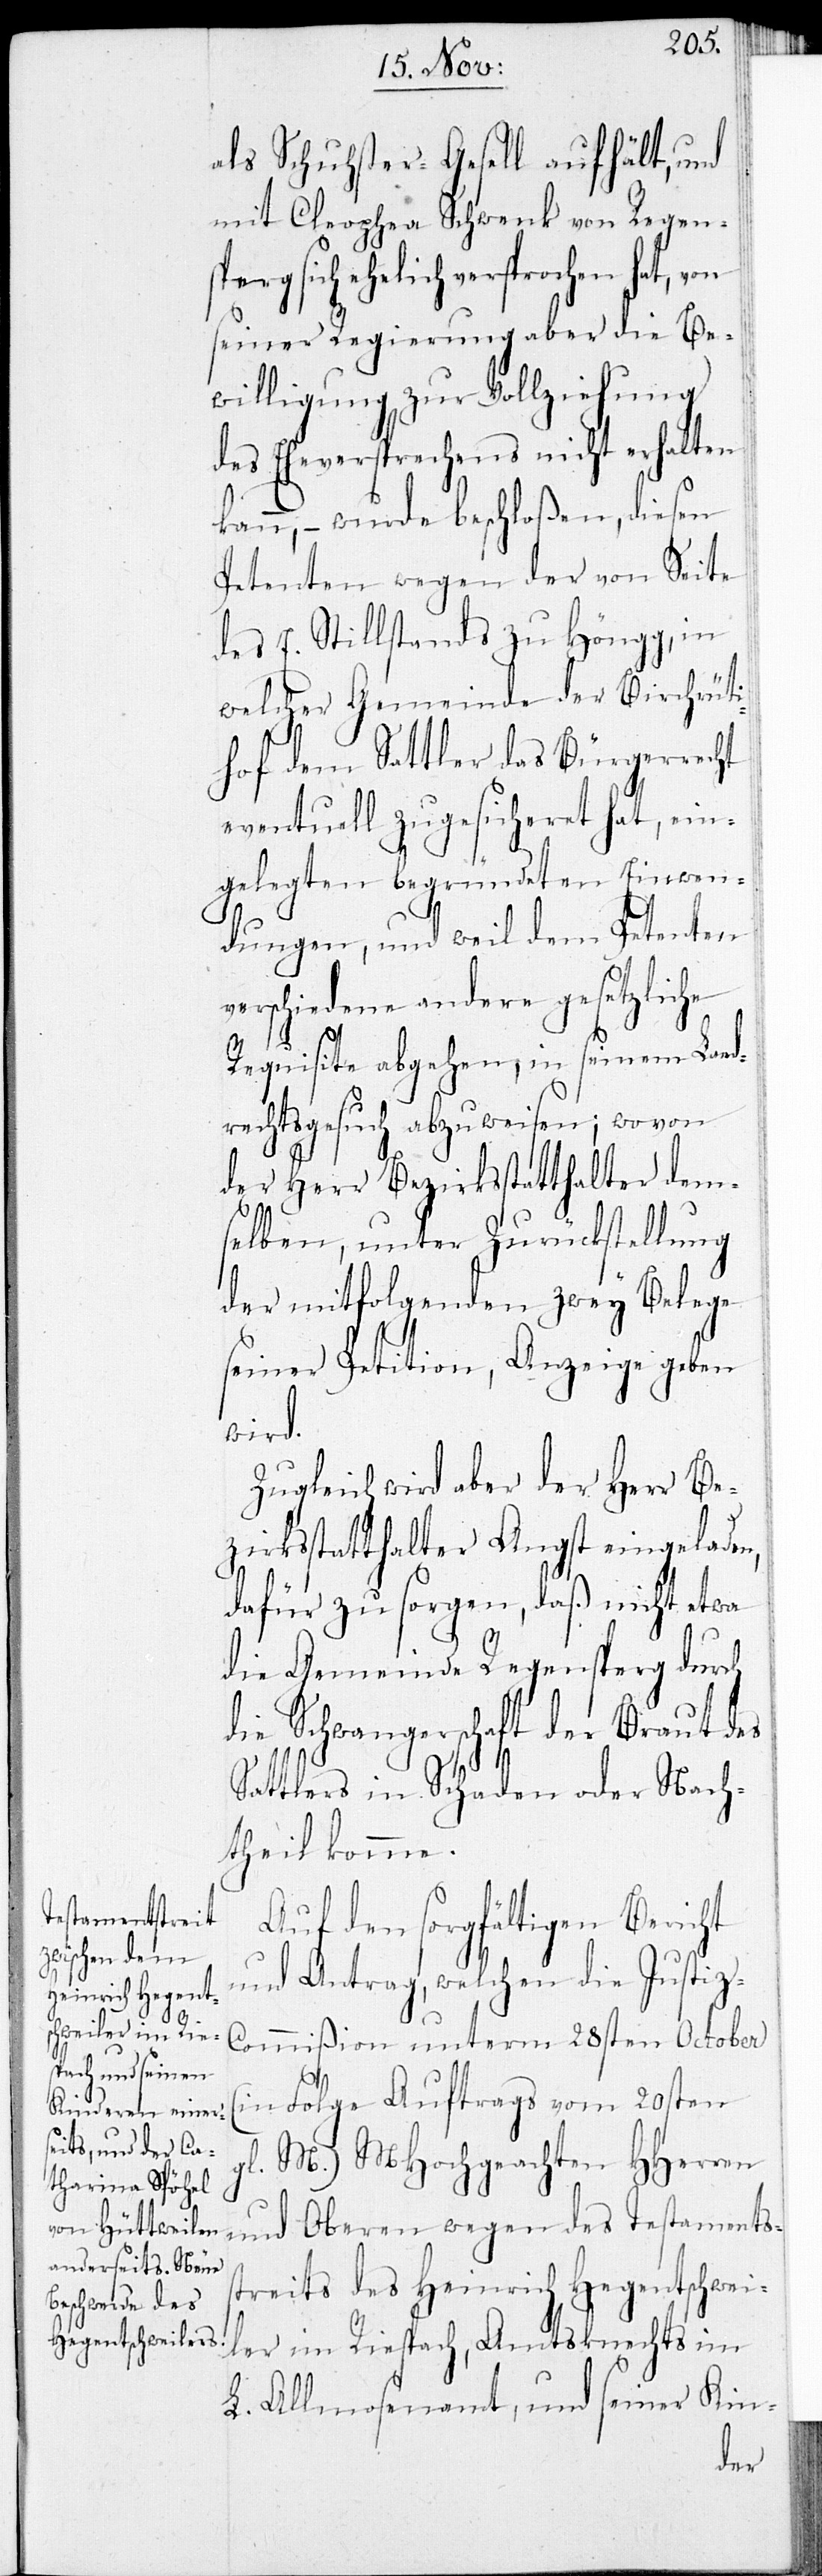
als Schuhster-Gesell aufhält, und
mit Cleophea Schwenk von Regens¬
berg sich ehelich versprochen
seiner Regierung aber die Be¬
willigung zur Vollziehung
des Eheversprechens nicht erhalten
kann, – wurde beschloßen, diesen
Petenten wegen der von Seite
des E. Stillstands zu Höngg, in
welcher Gemeinde der Birchrüti¬
hof dem Sattler das Bürgerrecht
eventuell zugesicheret hat, ein¬
gelegten begründeten Einwen¬
dungen, und weil dem Petenten
verschiedene andere gesetzliche
Requisite abgehen, in seinem Land¬
rechtsgesuch abzuweisen; wovon
der Herr Bezirksstatthalter dem¬
selben, unter Zurückstellung
der mitfolgenden zwey Belege
seiner Petition, Anzeige geben
wird.
Zugleich wird aber der Herr Be¬
zirksstatthalter Angst eingeladen,
dafür zu sorgen, daß nicht etwa
die Gemeinde Regensberg durch
die Schwangerschaft der Braut des
Sattlers in Schaden oder Nach¬
theil komme.
Auf den sorgfältigen Bericht
und Antrag, welchen die Justi¬
z-Commißion unterm 28sten October
s¬
(in Folge Auftrags vom 29sten
gl. M.) MHochgeachten HHerren
und Oberen wegen des Testaments¬
treits des Heinrich Hegentschwei¬
ler im Riesbach, Amtsknechts im
L. Allmosenamt, und seiner Kin-